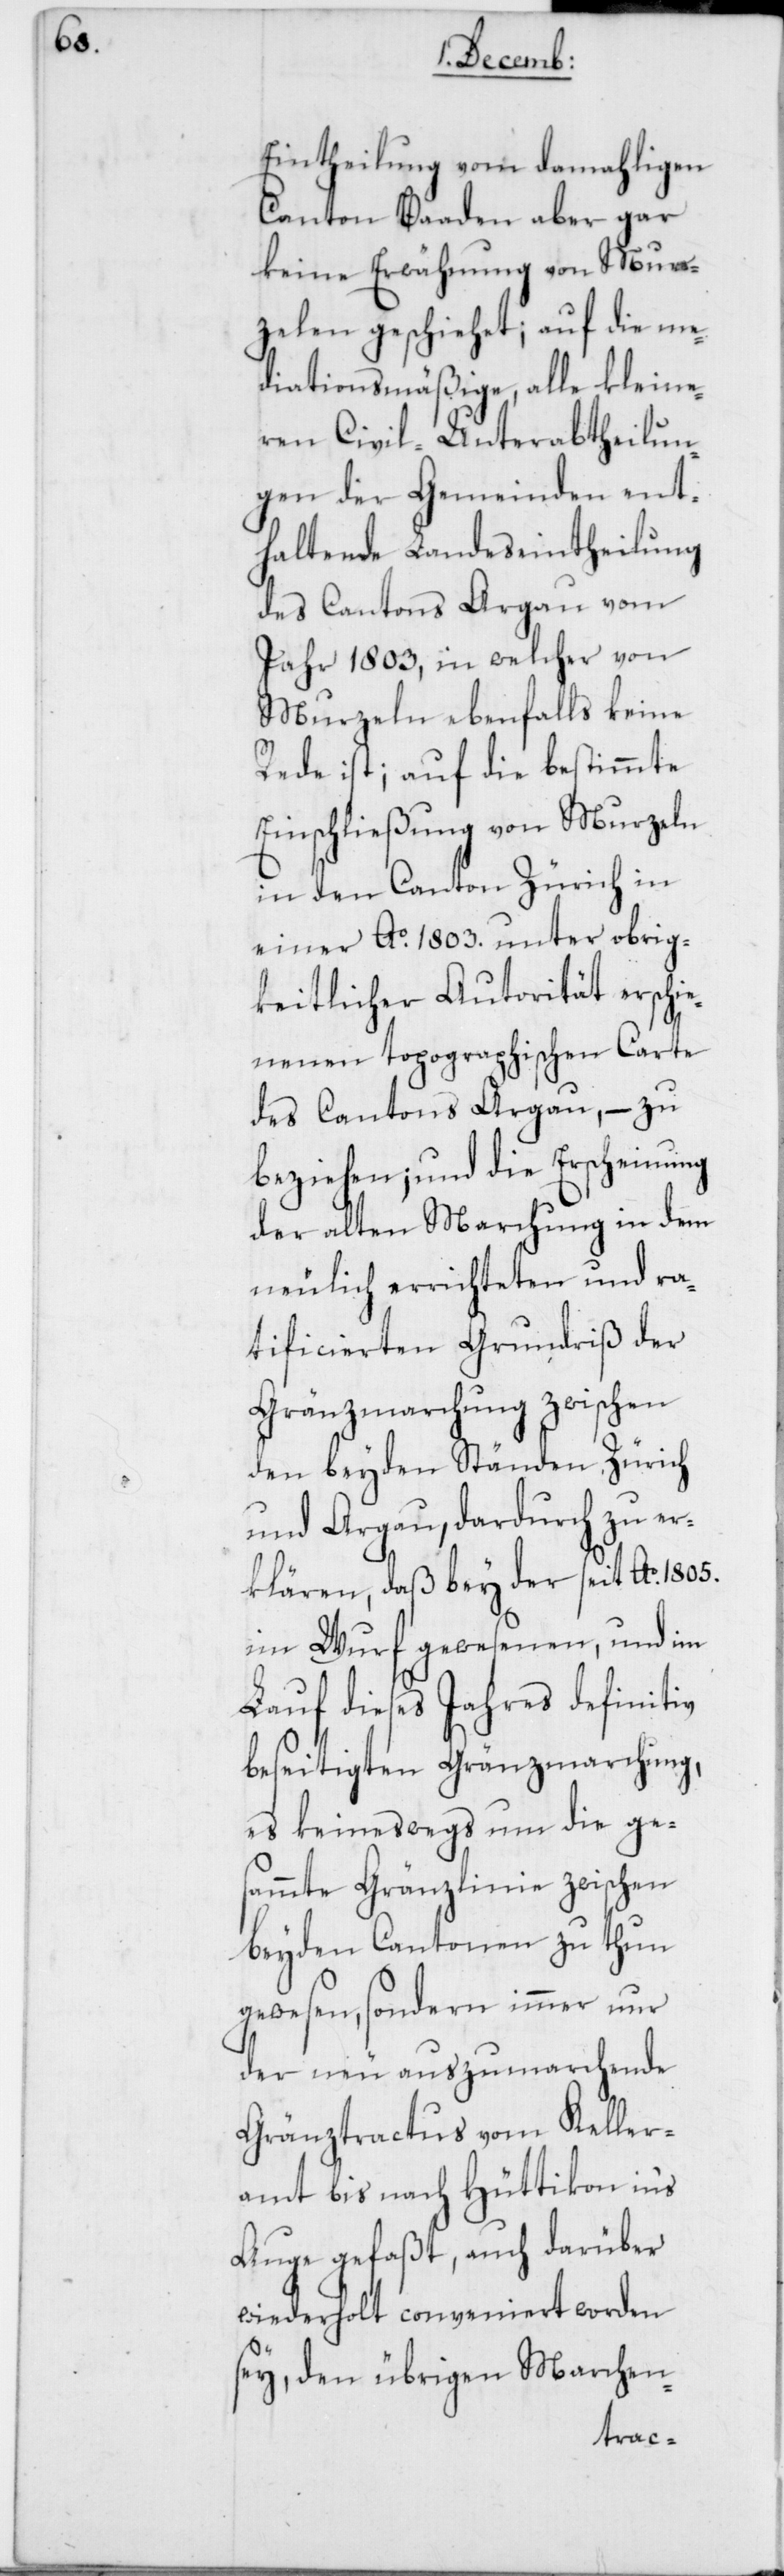
Eintheilung vom damahligen
Canton Baaden aber gar
keine Erwähnung von Mur¬
zelen geschiehet; auf die me¬
diationsmäßige, alle kleine¬
ren Civil-Unterabtheilun¬
gen der Gemeinden ent¬
haltende Landeseintheilung
des Cantons Aargau vom
Jahr 1803, in welcher von
Murzeln ebenfalls keine
Rede ist; auf die bestimmte
Einschließung von Murzeln
in den Canton Zürich in
einer Ao. 1803 unter obrig¬
keitlicher Autorität erschi¬
enen topographischen Carte
des Cantons Aargau, – zu
beziehen; und die Erscheinung
der alten Marchung in dem
neulich errichteten und ra¬
tificierten Grundriß der
Gränzmarchung zwischen
den beyden Ständen Zürich
und Aargau, dardurch zu er¬
klären, daß bey der seit Ao. 1805
im Wurf gewesenen, und im
Lauf dieses Jahres definitiv
beseitigten Gränzmarchung,
es keineswegs um die ges¬
ammte Gränzlinie zwischen
beyden Cantonen zu thun
gewesen, sondern immer nur
der neu auszumarchende
Gränztractus vom Keller¬
amt bis nach Hüttikon ins
Auge gefaßt, auch darüber
wiederholt conveniert worden
sey, den übrigen Marchen-